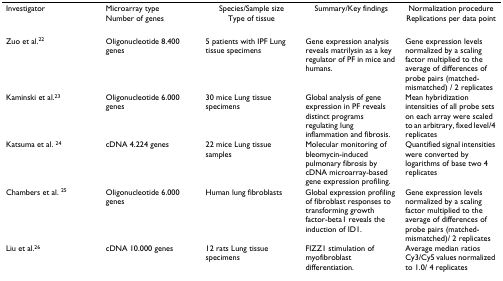
| Investigator | Microarray type | Species/Sample size | Summary/Key findings | Normalization procedure |
 |  | Number of genes | Type of tissue |  | Replications per data point |
 | --- | --- | --- | --- | --- |
 | Zuo et al.22 | Oligonucleotide 8.400 genes | 5 patients with IPF Lung tissue specimens | Gene expression analysis reveals matrilysin as a key regulator of PF in mice and humans. | Gene expression levels normalized by a scaling factor multiplied to the average of differences of probe pairs (matched-mismatched) / 2 replicates |
 | Kaminski et al.23 | Oligonucleotide 6.000 genes | 30 mice Lung tissue specimens | Global analysis of gene expression in PF reveals distinct programs regulating lung inflammation and fibrosis. | Mean hybridization intensities of all probe sets on each array were scaled to an arbitrary, fixed level/4 replicates |
 | Katsuma et al. 24 | cDNA 4.224 genes | 22 mice Lung tissue samples | Molecular monitoring of bleomycin-induced pulmonary fibrosis by cDNA microarray-based gene expression profiling. | Quantified signal intensities were converted by logarithms of base two 4 replicates |
 | Chambers et al. 25 | Oligonucleotide 6.000 genes | Human lung fibroblasts | Global expression profiling of fibroblast responses to transforming growth factor-beta1 reveals the induction of ID1. | Gene expression levels normalized by a scaling factor multiplied to the average of differences of probe pairs (matched-mismatched)/ 2 replicates |
 | Liu et al.26 | cDNA 10.000 genes | 12 rats Lung tissue specimens | FIZZ1 stimulation of myofibroblast differentiation. | Average median ratios Cy3/Cy5 values normalized to 1.0/ 4 replicates |